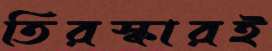
তিরস্কারই